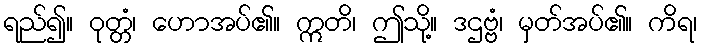
ရည်၍။ ဝုတ္တံ၊ ဟောအပ်၏။ ဣတိ၊ ဤသို့။ ဒဌဗ္ဗံ၊ မှတ်အပ်၏။ ကိရ၊